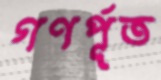
গণর্পূত